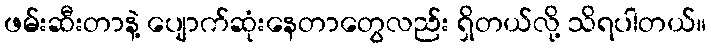
ဖမ်းဆီးတာနဲ့ ပျောက်ဆုံးနေတာတွေလည်း ရှိတယ်လို့ သိရပါတယ်။